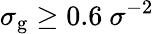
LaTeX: \sigma_{\mathrm{g}}\geq 0.6~\sigma^{-2}